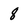
Character: 8